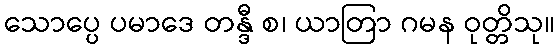
သောပ္ပေ ပမာဒေ တန္ဒီ စ၊ ယာတြာ ဂမန ဝုတ္တိသု။